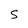
Character: S